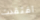
افتقدت